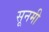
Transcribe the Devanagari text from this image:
सूनमी